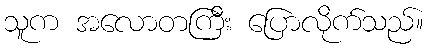
သူက အလောတကြီး ပြောလိုက်သည်။